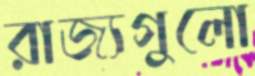
রাজ্যগুলো